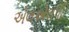
એલએલપી